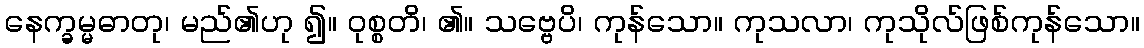
နေက္ခမ္မဓာတု၊ မည်၏ဟု ၍။ ဝုစ္စတိ၊ ၏။ သဗ္ဗေပိ၊ ကုန်သော။ ကုသလာ၊ ကုသိုလ်ဖြစ်ကုန်သော။